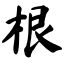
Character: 根